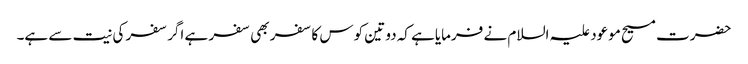
حضرت مسیح موعود علیہ السلام نے فرمایاہے کہ دو تین کوس کا سفر بھی سفر ہے اگر سفر کی نیت سے ہے۔